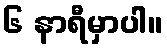
၆ နာရီမှာပါ။